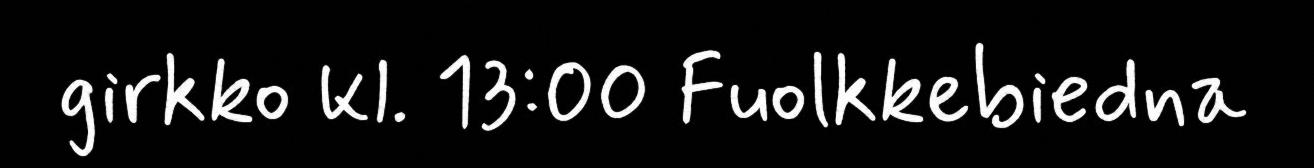
girkko kl. 13:00 Fuolkkebiedna